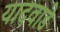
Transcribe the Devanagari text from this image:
यादवाडे